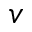
v